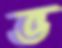
ভ